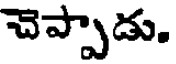
చెప్పాడు.